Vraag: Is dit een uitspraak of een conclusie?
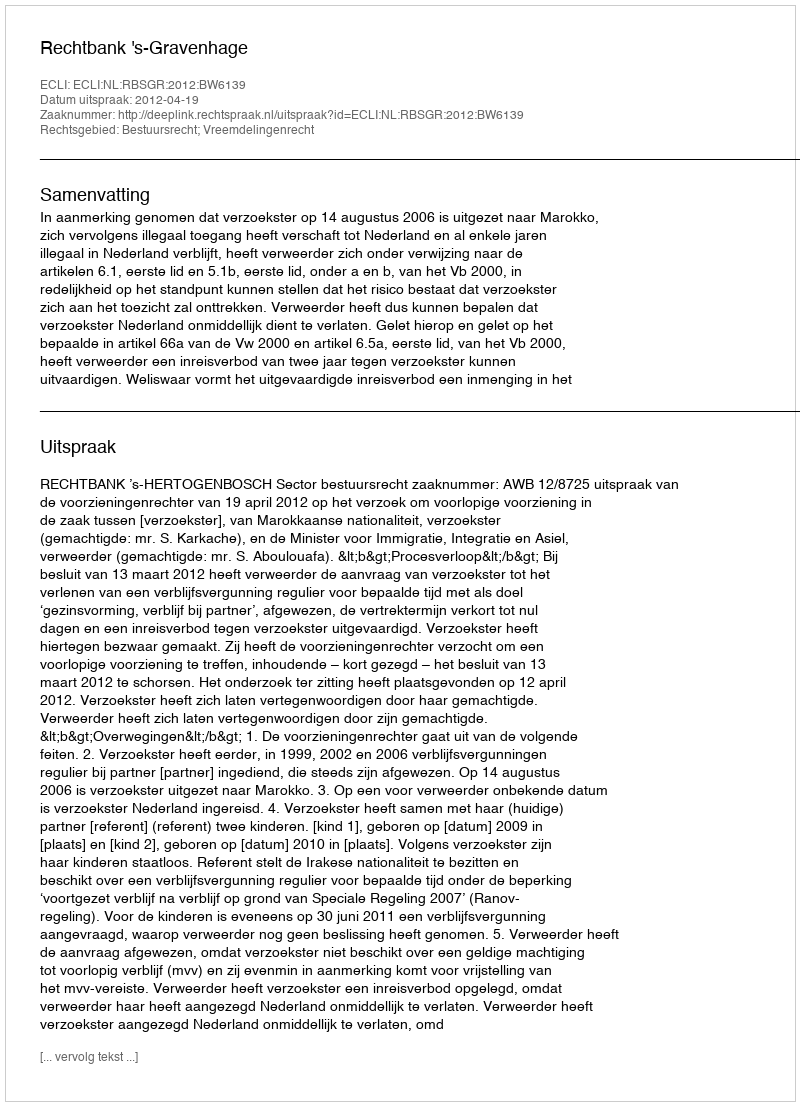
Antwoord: Uitspraak